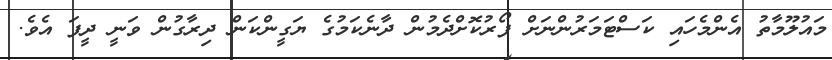
މައުލޫމާތު އެންމެހައި ކަސްޓަމަރުންނަށް ފޯރުކޮށްދެމުން ދާނެކަމުގެ ޔަގީންކަން ދިރާގުން ވަނީ ދީފަ އެވެ.